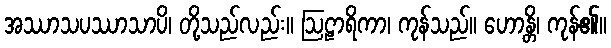
အဿာသပဿာသာပိ၊ တို့သည်လည်း။ ဩဠာရိကာ၊ ကုန်သည်။ ဟောန္တိ၊ ကုန်၏။